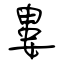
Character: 婁